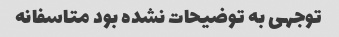
توجهی به توضیحات نشده بود متاسفانه